Civil Veterinary Dept. North-West Frontier Province 1933-46 - 1933-1946
Year: 1933
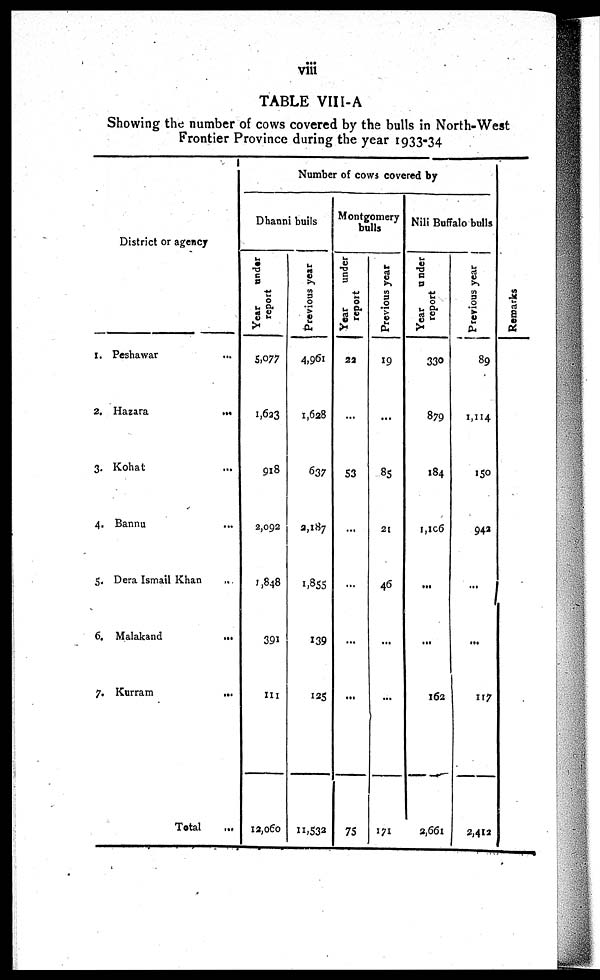
viii
TABLE VIII-A
Showing the number of cows covered by the bulls in North-West
Frontier Province during the year 1933-34
District or agency
1. Peshawar ...
2. Hazara ...
3. Kohat ...
4. Bannu ..
5. Dera Ismail Khan ...
6. Malakand
...
7. Kurram
...
Total ...
Number of cows covered by
Dhanni buils
Year
under
report
5,077
1,623
918
2,092
1,848
391
111
12,060
Previous year
4,961
1,628
637
2,187
1,855
139
125
11,532
Montgomery
bulls
Year
under
report
22
...
53
...
...
...
...
75
Previous year
19
...
85
21
46
...
...
171
Nili Buffalo bulls
Year
under
report
330
879
184
1,106
...
...
162
2,661
Previous year
89
1,114
150
942
...
...
117
2,412
Re ma r
ks